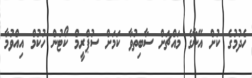
ހެދުމުގެ ކުށް އޭނާގެ މައްޗަށް ސާބިތުވާ ކަމަށް ސުޕްރީމް ކޯޓުން ހުކުމް އިއްވުމާ